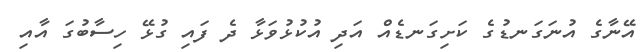
އޭނާގެ އުނަގަނޑުގެ ކަށިގަނޑެއް އަދި އުކުޅުވަޅާ ދެ ފައި ގުޅޭ ހިސާބުގަ އާއި